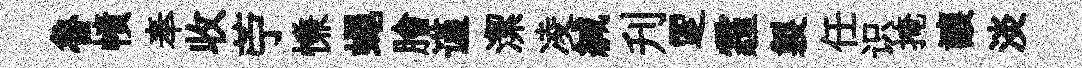
魯幘奉收苧慊蠅膾谨潔凌緘刋覂霾製任识掩讓淡